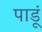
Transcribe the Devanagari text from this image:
पाडूं